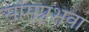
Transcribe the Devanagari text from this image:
सोमप्रभवा